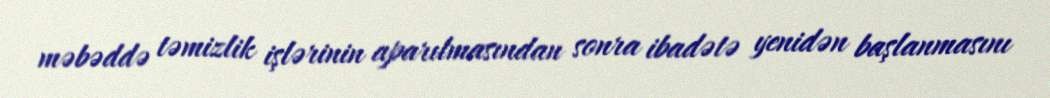
məbəddə təmizlik işlərinin aparılmasından sonra ibadətə yenidən başlanmasını